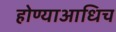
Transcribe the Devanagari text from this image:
होण्याआधिच